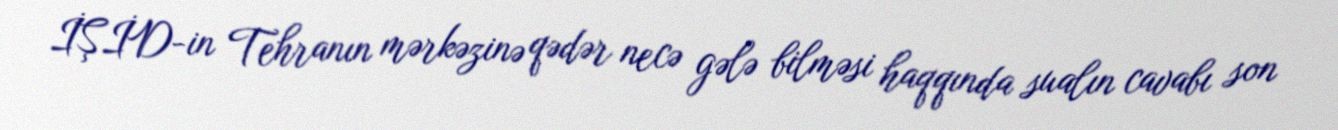
İŞİD-in Tehranın mərkəzinə qədər necə gələ bilməsi haqqında sualın cavabı son